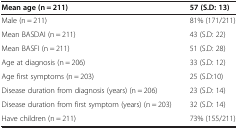
<table><thead><tr><td><b>Mean age (n = 211)</b></td><td><b>57 (S.D: 13)</b></td></tr></thead><tbody><tr><td>Male (n = 211)</td><td>81% (171/211)</td></tr><tr><td>Mean BASDAI (n = 211)</td><td>43 (S.D: 22)</td></tr><tr><td>Mean BASFI (n = 211)</td><td>51 (S.D: 28)</td></tr><tr><td>Age at diagnosis (n = 206)</td><td>33 (S.D: 12)</td></tr><tr><td>Age first symptoms (n = 203)</td><td>25 (S.D:10)</td></tr><tr><td>Disease duration from diagnosis (years) (n = 206)</td><td>23 (S.D: 14)</td></tr><tr><td>Disease duration from first symptom (years) (n = 203)</td><td>32 (S.D: 14)</td></tr><tr><td>Have children (n = 211)</td><td>73% (155/211)</td></tr></tbody></table>